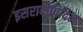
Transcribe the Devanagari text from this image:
इसरादीपिदिन